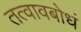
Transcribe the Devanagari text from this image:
तत्वावबोधं